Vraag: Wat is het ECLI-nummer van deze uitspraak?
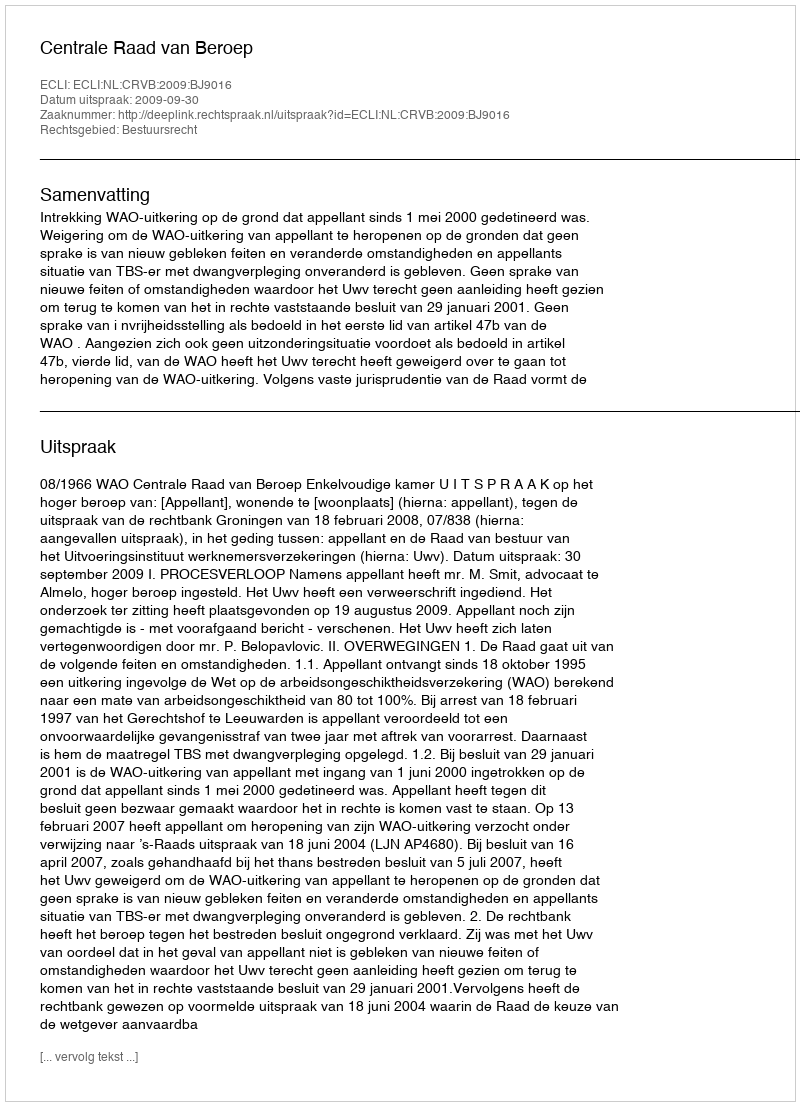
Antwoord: ECLI:NL:CRVB:2009:BJ9016